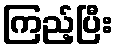
ကြည့်ပြီး